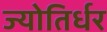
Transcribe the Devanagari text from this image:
ज्योतिर्धर